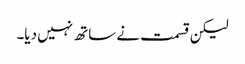
لیکن قسمت نے ساتھ نہیں دیا۔